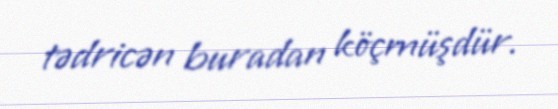
tədricən buradan köçmüşdür.